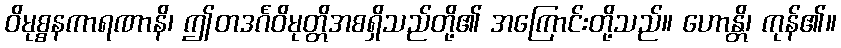
ဝိမုစ္စနကာရဏာနိ၊ ဤတဒင်္ဂဝိမုတ္တိအစရှိသည်တို့၏ အကြောင်းတို့သည်။ ဟောန္တိ၊ ကုန်၏။